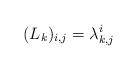
LaTeX: \begin{align*}(L_k)_{i,j} = \lambda_{k,j}^i \end{align*}